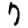
Digit: 7